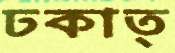
ঢকাত্